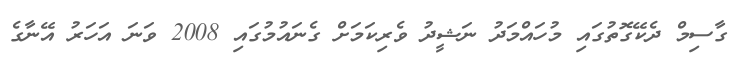
ގާސިމް ދެކޭގޮތުގައި މުހައްމަދު ނަޝީދު ވެރިކަމަށް ގެނައުމުގައި 2008 ވަނަ އަހަރު އޭނާގެ